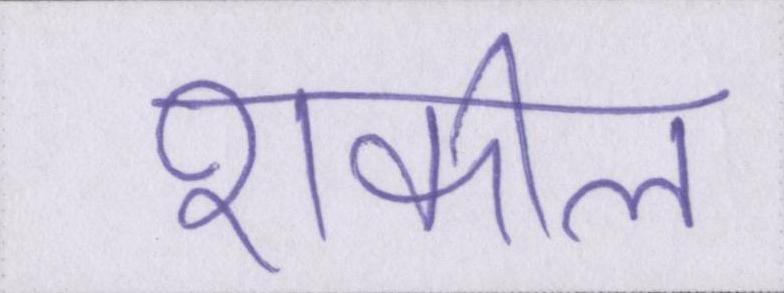
शकील